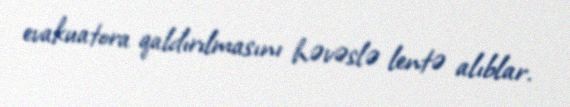
evakuatora qaldırılmasını həvəslə lentə alıblar.